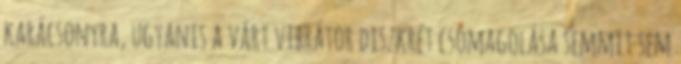
karácsonyra, ugyanis a várt vibrátor diszkrét csomagolása semmit sem